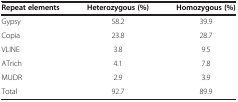
| Repeat elements | Heterozygous (%) | Homozygous (%) |
 | --- | --- | --- |
 | Gypsy | 58.2 | 39.9 |
 | Copia | 23.8 | 28.7 |
 | VLINE | 3.8 | 9.5 |
 | ATrich | 4.1 | 7.8 |
 | MUDR | 2.9 | 3.9 |
 | Total | 92.7 | 89.9 |